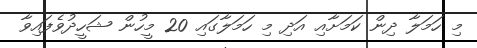
މި ހަމަލާ ދިން ކަމަށާއި އަދި މި ހަމަލާގައި 20 މީހުން ޝަހީދުވެފައިވާ